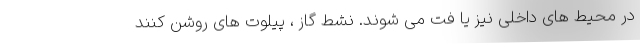
در محیط های داخلی نیز یا فت می شوند. نشط گاز ، پیلوت های روشن کنند